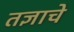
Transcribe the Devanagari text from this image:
तज्ञाचे